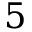
5